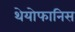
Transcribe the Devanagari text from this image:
थेयोफानिस